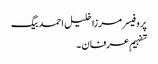
پروفیسر مرزا خلیل احمد بیگ
تفہیمِ عرفان ۔